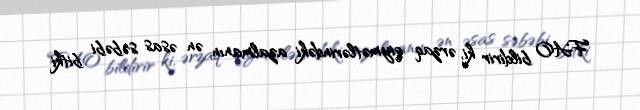
FAO bildirir ki, ərzaq qiymətlərindəki azalmanın ən əsas səbəbi bitki